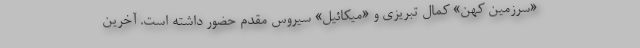
«سرزمین کهن» کمال تبریزی و «میکائیل» سیروس مقدم حضور داشته است. آخرین